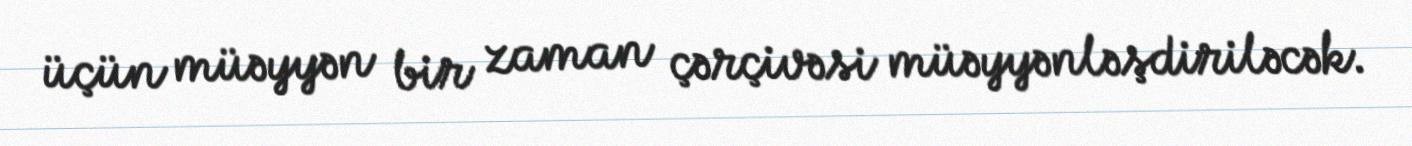
üçün müəyyən bir zaman çərçivəsi müəyyənləşdiriləcək.